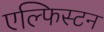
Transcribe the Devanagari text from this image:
एल्फिस्टन